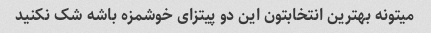
میتونه بهترین انتخابتون این دو پیتزای خوشمزه باشه شک نکنید